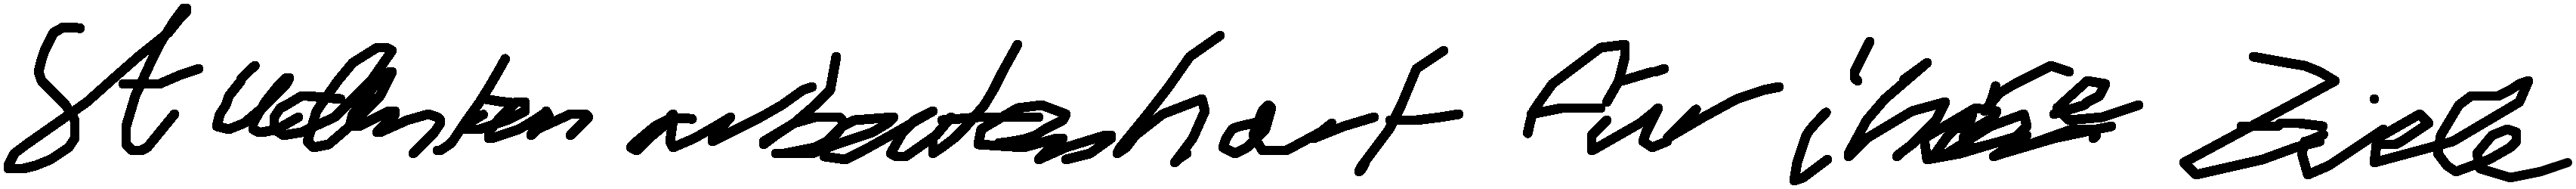
Studenten arbeiten hart für ihre Ziele.